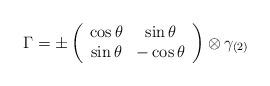
LaTeX: \begin{align*}\Gamma = \pm \left( \begin{array}{cc} \cos \theta & \sin \theta \\\sin \theta & -\cos \theta \end{array} \right) \otimes \gamma_{(2)}\end{align*}